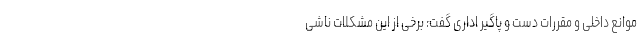
موانع داخلی و مقررات دست و پاگیر اداری گفت: برخی از این مشکلات ناشی